Report of the Municipal Commissioner on the plague in Bombay for the year ending 31st May... - Volume 2
Disease focus: Plague
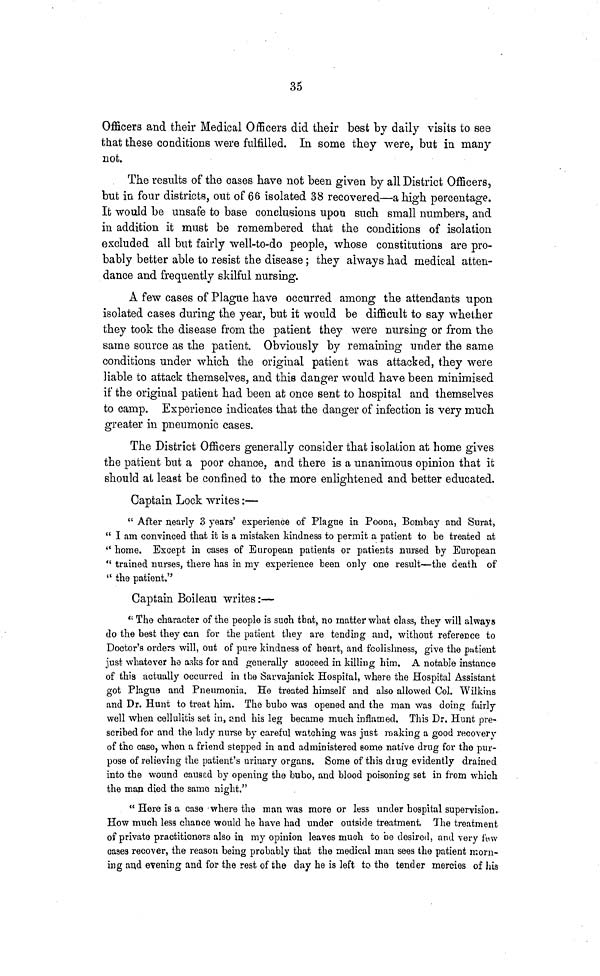
35
Officers and their Medical Officers did their best by daily visits to see
that these conditions were fulfilled. In some they were, but in many
not.
The results of the cases have not been given by all District Officers,
but in four districts, out of 66 isolated 38 recovered—a high percentage.
It would be unsafe to base conclusions upon such small numbers, and
in addition it must be remembered that the conditions of isolation
excluded all but fairly well-to-do people, whose constitutions are pro-
bably better able to resist the disease; they always had medical atten-
dance and frequently skilful nursing.
A few cases of Plague have occurred among the attendants upon
isolated cases during the year, but it would be difficult to say whether
they took the disease from the patient they were nursing or from the
same source as the patient. Obviously by remaining under the same
conditions under which the original patient was attacked, they were
liable to attack themselves, and this danger would have been minimised
if the original patient had been at once sent to hospital and themselves
to camp. Experience indicates that the danger of infection is very much
greater in pneumonic cases.
The District Officers generally consider that isolation at home gives
the patient but a poor chance, and there is a unanimous opinion that it
should at least be confined to the more enlightened and better educated.
Captain Lock writes:—
" After nearly 3 years' experience of Plague in Poona, Bombay and Surat,
" I am convinced that it is a mistaken kindness to permit a patient to be treated at
" home. Except in cases of European patients or patients nursed by European
" trained nurses, there has in my experience been only one result—the death of
" the patient."
Captain Boileau writes:—
" The character of the people is such that, no matter what class, they will always
do the best they can for the patient they are tending and, without reference to
Doctor's orders will, out of pure kindness of heart, and foolishness, give the patient
just whatever he asks for and generally succeed in killing him. A notable instance
of this actually occurred in the Sarvajanick Hospital, where the Hospital Assistant
got Plague and Pneumonia. He treated himself and also allowed Col. Wilkins
and Dr. Hunt to treat him. The bubo was opened and the man was doing fairly
well when cellulitis set in, and his leg became much inflamed. This Dr. Hunt pre-
scribed for and the lady nurse by careful watching was just making a good recovery
of the case, when a friend stepped in and administered gome native drug for the pur-
pose of relieving the patient's urinary organs. Some of this drug evidently drained
into the wound caused by opening the bubo, and blood poisoning set in from which
the man died the same night."
" Here is a case where the man was more or less under hospital supervision.
How much less chance would he have had under outside treatment, The treatment
of private practitioners also in my opinion leaves much to be desired, and very few
cases recover, the reason being probably that the medical man sees the patient morn-
ing and evening and for the rest of the day he is left to the tender mercies of his